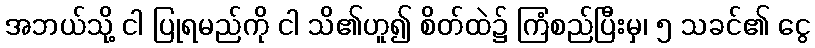
အဘယ်သို့ ငါ ပြုရမည်ကို ငါ သိ၏ဟူ၍ စိတ်ထဲ၌ ကြံစည်ပြီးမှ၊ ၅ သခင်၏ ငွေ